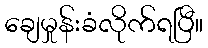
ချေမှုန်းခံလိုက်ရပြီ။